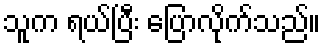
သူက ရယ်ပြီး ပြောလိုက်သည်။